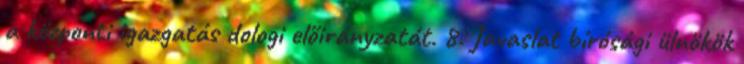
a központi igazgatás dologi előirányzatát. 8. Javaslat bírósági ülnökök